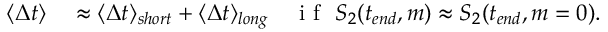
\begin{array} { r l r } { \langle \Delta t \rangle } & { { } \approx \langle \Delta t \rangle _ { s h o r t } + \langle \Delta t \rangle _ { l o n g } } & { \mathrm { ~ i ~ f ~ } ~ S _ { 2 } ( t _ { e n d } , m ) \approx S _ { 2 } ( t _ { e n d } , m = 0 ) . } \end{array}